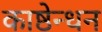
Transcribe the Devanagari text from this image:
काष्ठेन्धन